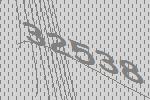
32538